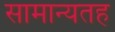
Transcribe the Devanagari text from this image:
सामान्यतह